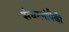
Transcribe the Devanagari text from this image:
संघटनांपैकी